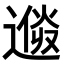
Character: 𨕩